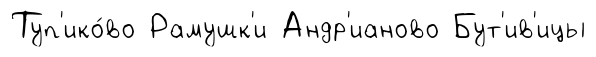
Туп'ико́во Рамушк'и Андр'ианово Бут'ив'ицы